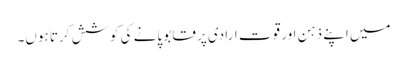
میں اپنے ذہن اور قوتِ ارادی پر قابو پانے کی کوشش کرتا ہوں۔